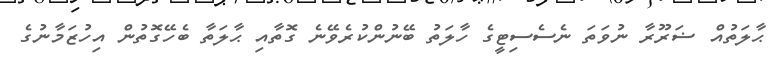
ޙާލަތުއް ޟަރޫރާ ނުވަތަ ނެސެސިޓީގެ ހާލަތު ބޭނުންކުރެވޭނެ ގޮތާއި ޙާލަތާ ބެހޭގޮތުން އިހުޒަމާނުގެ